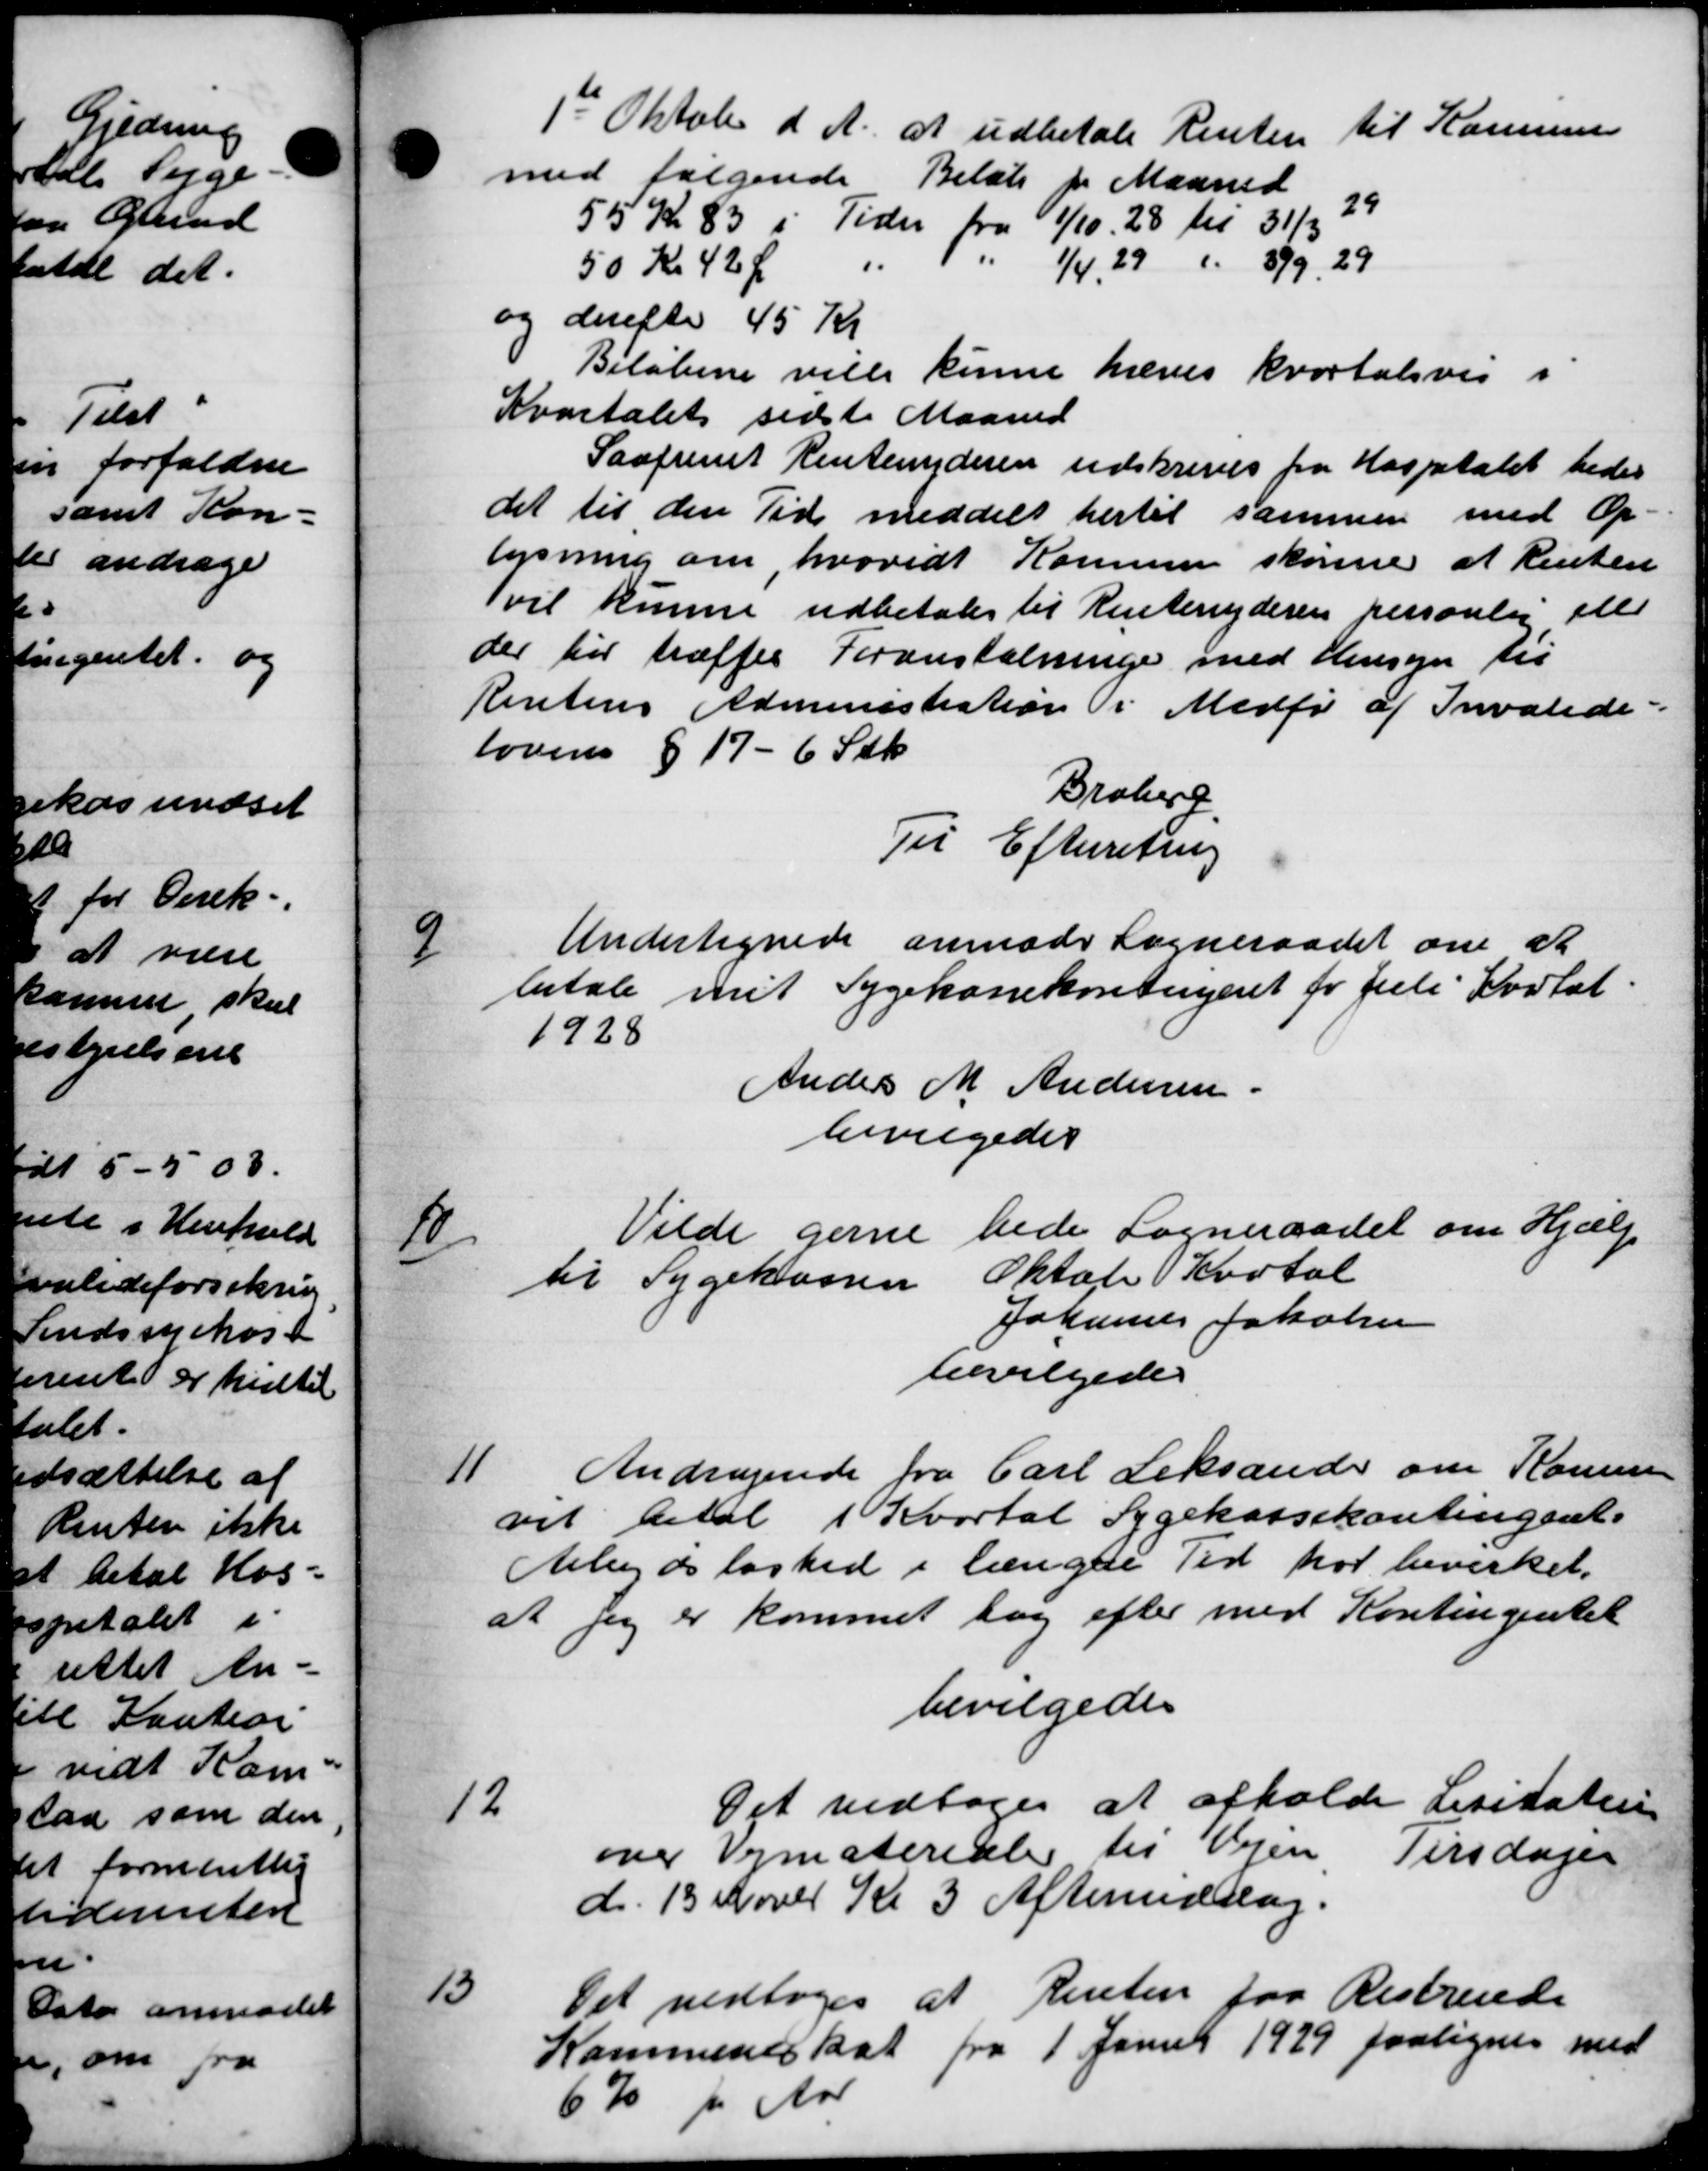
Transskription:
Oktober d. A. at udbetale Renten til Kommu
med følgende Beløb for Maaned
55 Kr 83 i Tider fra 1/10 28 til 31/3 29
50 Kr 42 Ør 1 1/4, 29 " 399, 29
og derefter 45 Kr
Beløbene ville kunne hæves kvartalsvis i
Kvartalet sidste Maaned
Saafremt Rentenyderen udskrives fra Hospitalet bedes
det til den Tid meddelt hertil sammen med Op-
lysning om, hvoridt Kommune skønne at Renten
vil kunne udbetales til Rentenyderen personlig elle
der for træffes Foranstalninge med Hensyn til
Rentens Administration i Medfør af Invalide-
lovens § 17 - 6 Stk.
Broberg
Til Efterretning
Undertegnede anmoder Sogneraadet om at
9
betale mit Sygekassekontingent for Juli Kostat.
1928
Ander M Andersen
bevilgedes
10
Vilde gerne bede Sogneraadet om Hjælp
til Sygekassen Oktober Kvartal
Johannes Jakobsen
bevilgedes
11
Andragende fra Carl Leksander om Komm
vil betal 1 Kvartal Sygekassekontingent.
Arbejdsløshed i længde Tid har bevirket.
at jeg er kommet tog efter med Kontingentet
bevilgedes
12
Det vedtoges at afholde Lisitation
over Vejmateriale til Vejen Tirsdager
d. 13 Nover Kl 3 Afteneddag.
13
Det vedtoges at Renten for Restruede
Kommuneskat fra 1 Januar 1929 forlignes med
6% pr. Aar